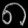
Digit: ၈